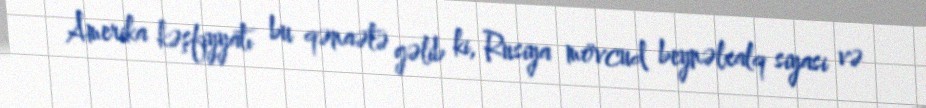
Amerika kəşfiyyatı bu qənaətə gəlib ki, Rusiya mövcud beynəlxalq siyasi və